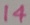
Text: 14